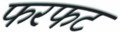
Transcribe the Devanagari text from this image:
फरफट